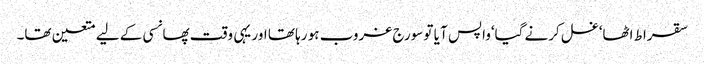
سقراط اٹھا‘غسل کرنے گیا‘واپس آ یا تو سورج غروب ہو رہا تھا اور یہی وقت پھانسی کے لیے متعین تھا۔